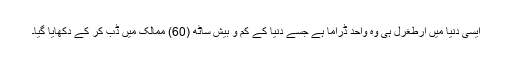
ایسی دنیا میں ارطغرل ہی وہ واحد ڈراما ہے جسے دنیا کے کم و بیش ساٹھ (60) ممالک میں ڈب کر کے دکھایا گیا۔